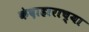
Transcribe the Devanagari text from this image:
कंदाहाराच्या